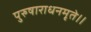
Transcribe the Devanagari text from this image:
पुरुषाराधनमृते।।